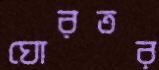
ঘোরতর